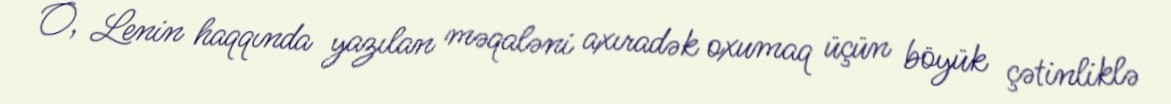
O, Lenin haqqında yazılan məqaləni axıradək oxumaq üçün böyük çətinliklə